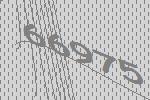
66975